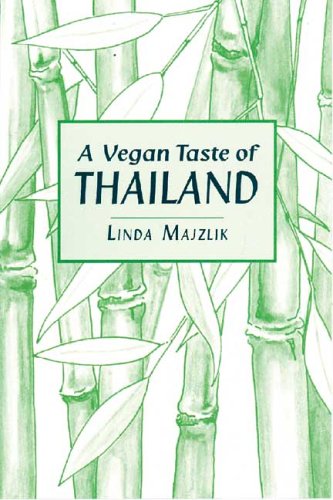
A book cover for A Vegan Taste of Thailand (Vegan Cookbooks); Linda Majzlik; Health, Fitness & Dieting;